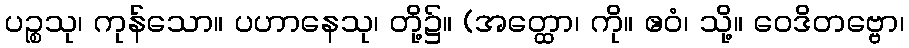
ပဉ္စသု၊ ကုန်သော။ ပဟာနေသု၊ တို့၌။ (အတ္ထော၊ ကို။ ဧဝံ၊ သို့။ ဝေဒိတဗ္ဗော၊